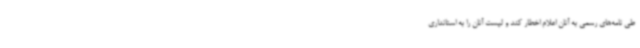
طی نامه‌های رسمی به آنان اعلام اخطار کند و لیست آنان را به استانداری